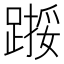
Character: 𫏙